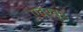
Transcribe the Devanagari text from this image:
एवरवुड